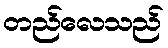
တည်လေသည်